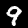
Label: 9